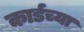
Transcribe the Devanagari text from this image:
कार्डच्या